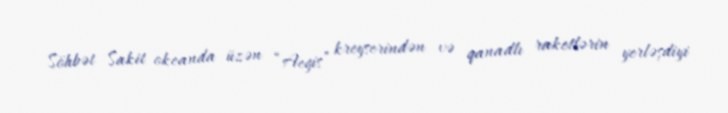
Söhbət Sakit okeanda üzən “Aegis” kreyserindən və qanadlı raketlərin yerləşdiyi